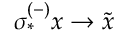
\sigma _ { * } ^ { ( - ) } x \rightarrow \widetilde { x }